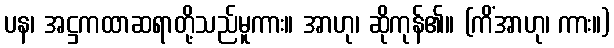
ပန၊ အဋ္ဌကထာဆရာတို့သည်မူကား။ အာဟု၊ ဆိုကုန်၏။ (ကိံအာဟု၊ ကား။)